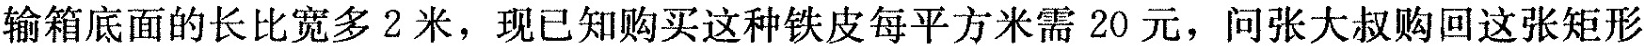
输箱，且此长方体运输箱底面的长比宽多2米，现已知购买这种铁皮每平方米需20元，问张大叔购回这张矩形